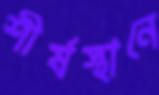
শীর্ষস্থানে